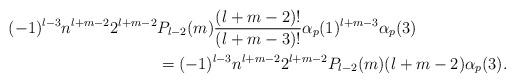
LaTeX: \begin{align*}(-1)^{l-3}n^{l+m-2}2^{l+m-2}&P_{l-2}(m) \frac{(l+m-2)!}{(l+m-3)!}\alpha_p(1)^{l+m-3}\alpha_p(3) \\ & = (-1)^{l-3}n^{l+m-2}2^{l+m-2}P_{l-2}(m)(l+m-2)\alpha_p(3).\end{align*}